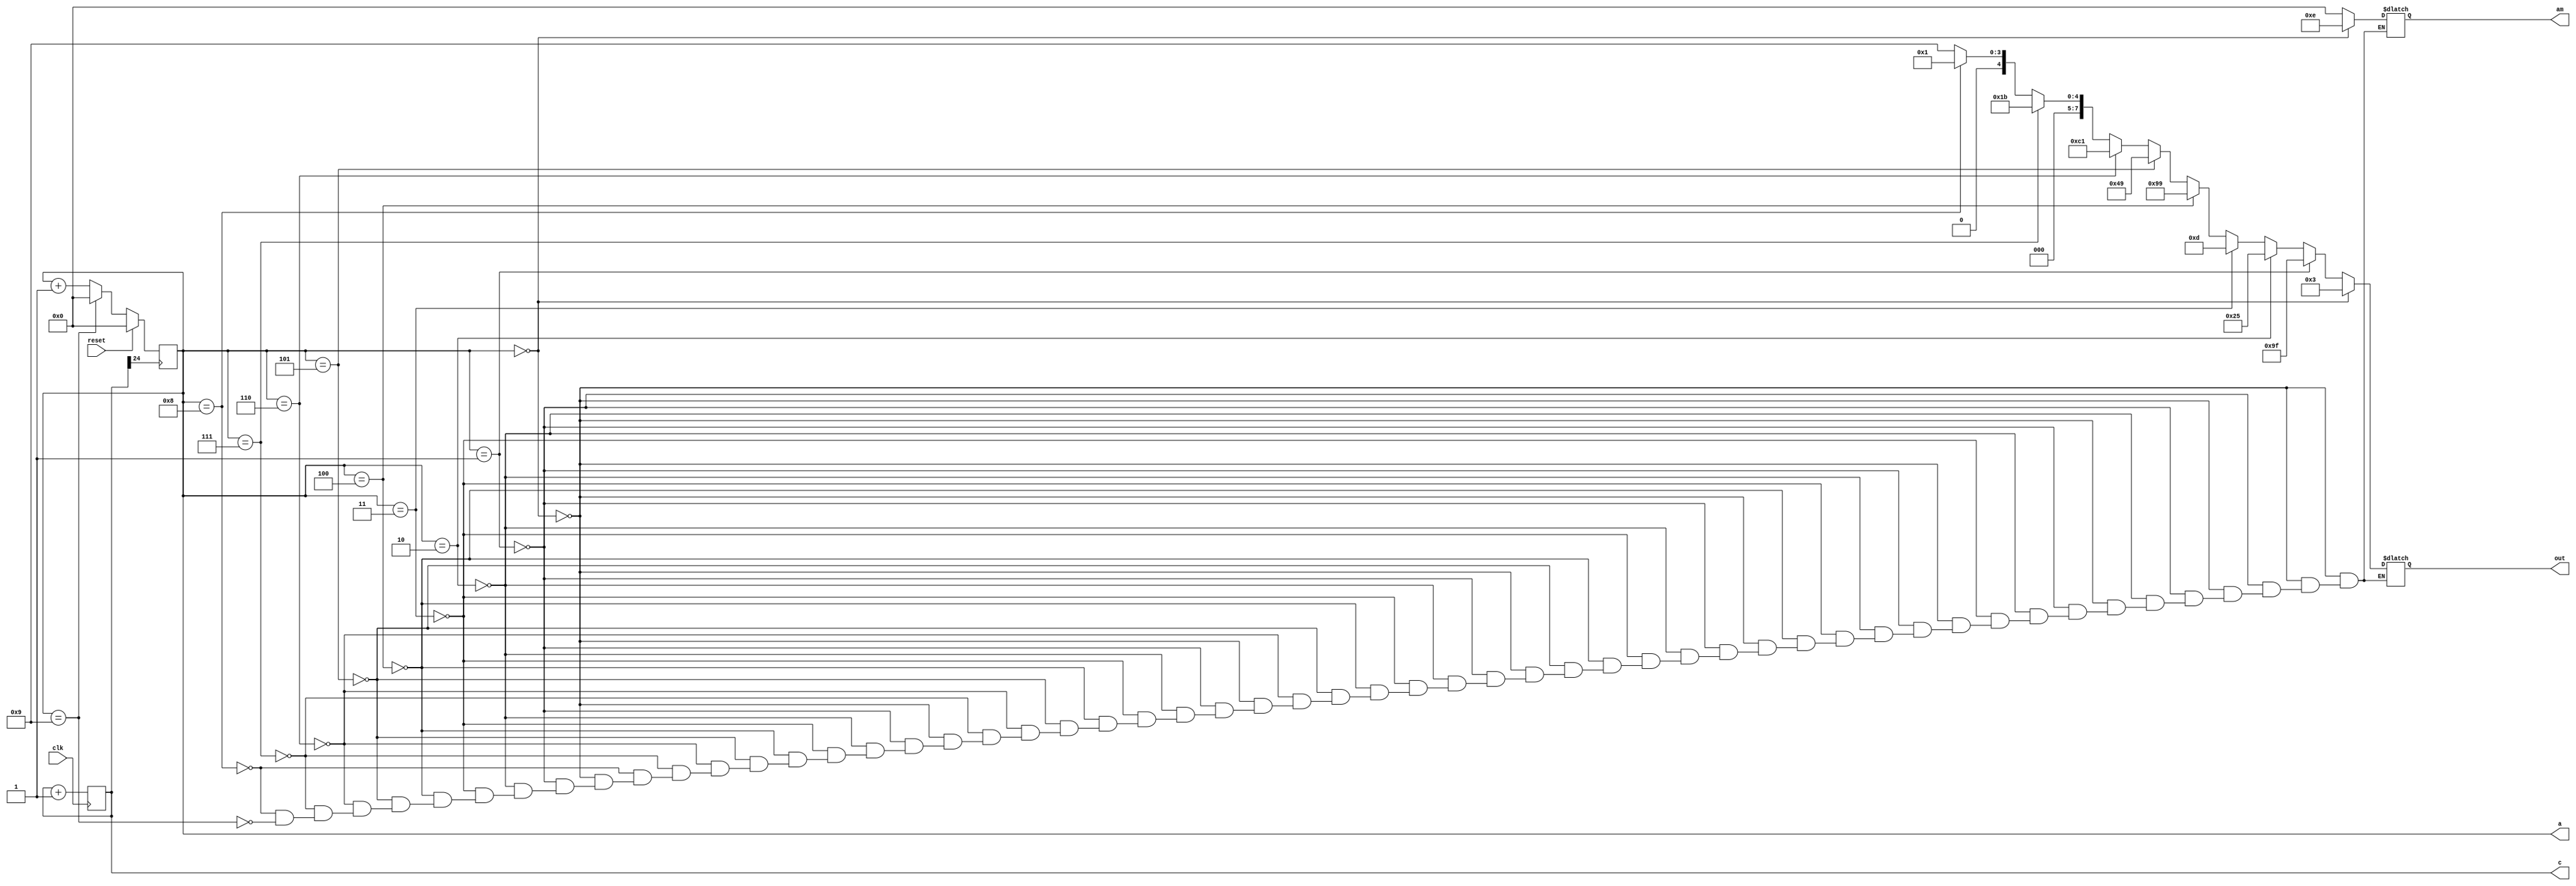
module dsadsa(clk, reset, a, c, am, out);
    input clk;
    input reset;
    output reg[3:0] a;
    output reg[24:0] c=0;
    output reg[3:0] am;
    output reg[7:0] out;
always@(posedge clk)
c=c+1;
always@(posedge c[24])
begin
	if (reset)
	a=0;
	else if (a==4'd9)
	a=0;
	else
	a=a+1;
end

always@(a)
begin
if 		(a==4'd0) begin out=8'b00000011; am=4'b1110; end
else if  (a==4'd1) begin out=8'b10011111; am=0; end
else if  (a==4'd2) begin out=8'b00100101; am=0; end
else if  (a==4'd3) begin out=8'b00001101; am=0; end
else if  (a==4'd4) begin out=8'b10011001; am=0; end
else if  (a==4'd5) begin out=8'b01001001; am=0; end
else if  (a==4'd6) begin out=8'b11000001; am=0; end
else if  (a==4'd7) begin out=8'b00011011; am=0; end
else if  (a==4'd8) begin out=8'b00000001; am=0; end
else if  (a==4'd9) begin out=8'b00001001; am=0; end
end
endmodule